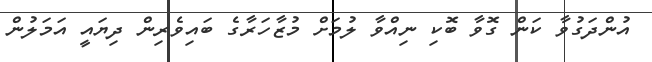
އުންދަގުވާ ކަން ގޮވާ ބޮކި ނިއްވާ ލުމަށް މުޒާހަރާގެ ބައިވެރިން ދިޔައީ އަމަލުން